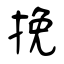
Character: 挽